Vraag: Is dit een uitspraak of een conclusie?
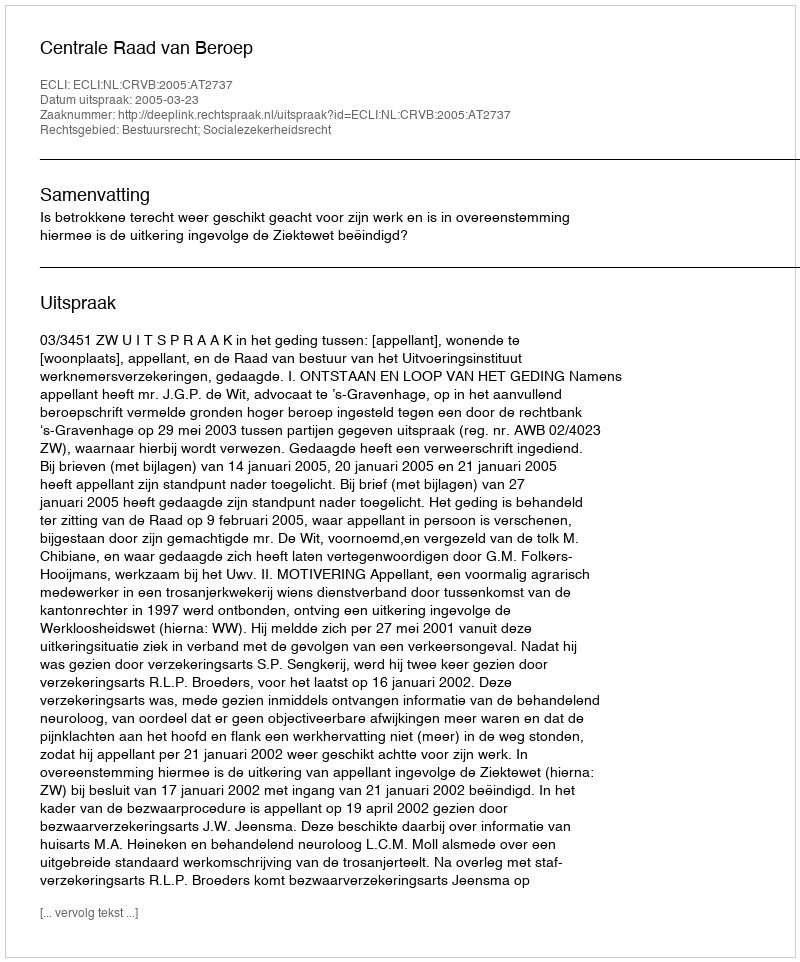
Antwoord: Uitspraak